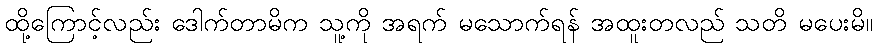
ထို့ကြောင့်လည်း ဒေါက်တာမိက သူ့ကို အရက် မသောက်ရန် အထူးတလည် သတိ မပေးမိ။